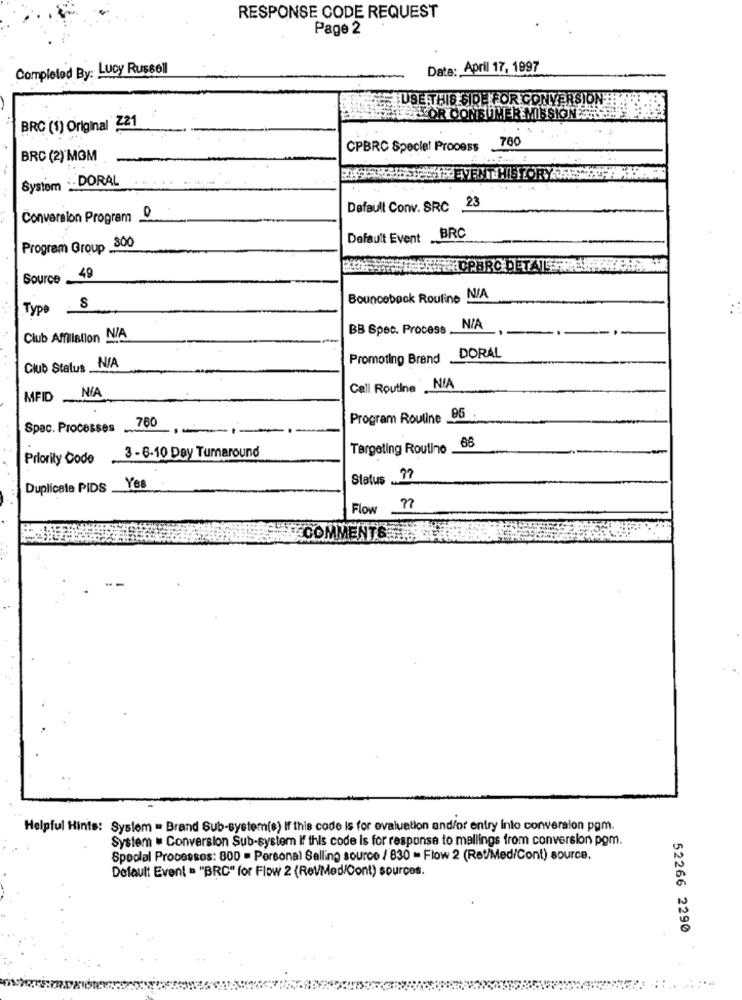
RESPONSE CODE REQUEST
Page 2
Completed By: Lucy Russell
Data: April 17, 1997
IUSE THIS SIDE FOR CONVERSION
ON'S
MER MISSION
BRC (1) Original 221
760
CPBRC Specie! Process
BRC (2) MOM
System :. DORAL
BISES EVENT HISTOR
Default Conv. SRC 23
Conversion Program º
Default Event BRC
Program Group _S
300
Wyniki OPBRC DETAIS
Source
Bounceback Routine NIA
Type
S
BB Spec. Process .
Club Affiliation N/A
Promoting Brand
DORAL
Club Status NA
NIA
Call Routine NA
MFID
760
Program Routine 95
Spec. Processes
-..
68
3 - 6-10 Day Tumaround
Targeting Routine_
Priority Code
Status . ??
Duplicate PIDS
Yes
Flow ??
COMMENTS .
Helpful Hints: System = Brand Sub-system(s) If this code is for evaluation and/or entry into conversion pom.
System . Conversion Sub-system If this code is for response to mallings from conversion pom.
Spoolal Processos: 800 - Personal Selling source / 830 - Flow 2 (Ret/Med/Cont) source.
Default Event = "BRC" for Flow 2 (RevMed/Cont) sources.
52266 2290